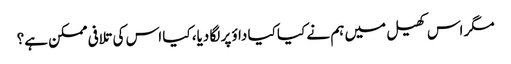
مگر اس کھیل میں ہم نے کیا کیا داؤ پر لگا دیا، کیا اس کی تلافی ممکن ہے؟